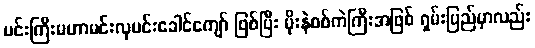
မင်းကြီးမဟာမင်းလှမင်းခေါင်ကျော် ဖြစ်ပြီး မိုးနဲစစ်ကဲကြီးအဖြစ် ရှမ်းပြည်မှာလည်း